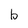
Character: b